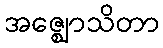
အဇ္ဈောသိတာ